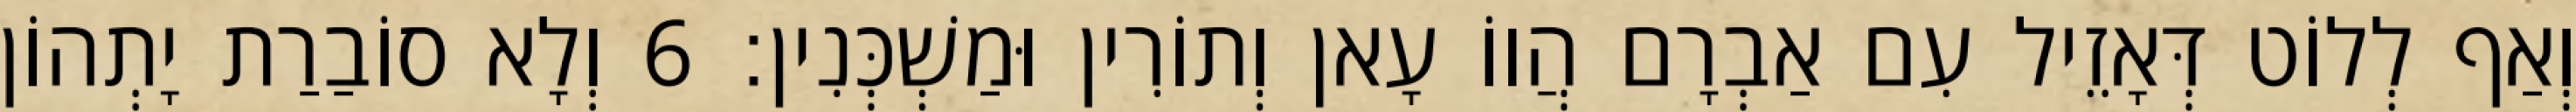
וְאַף לְלוֹט דְּאָזֵיל עִם אַבְרָם הֲווֹ עָאן וְתוֹרִין וּמַשְׁכְּנִין׃ 6 וְלָא סוֹבַרַת יָתְהוֹן